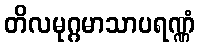
တိလမုဂ္ဂမာသာပရဏ္ဏံ